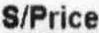
S/PRICE